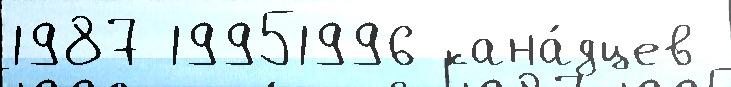
1987 19951996 кана́дцев